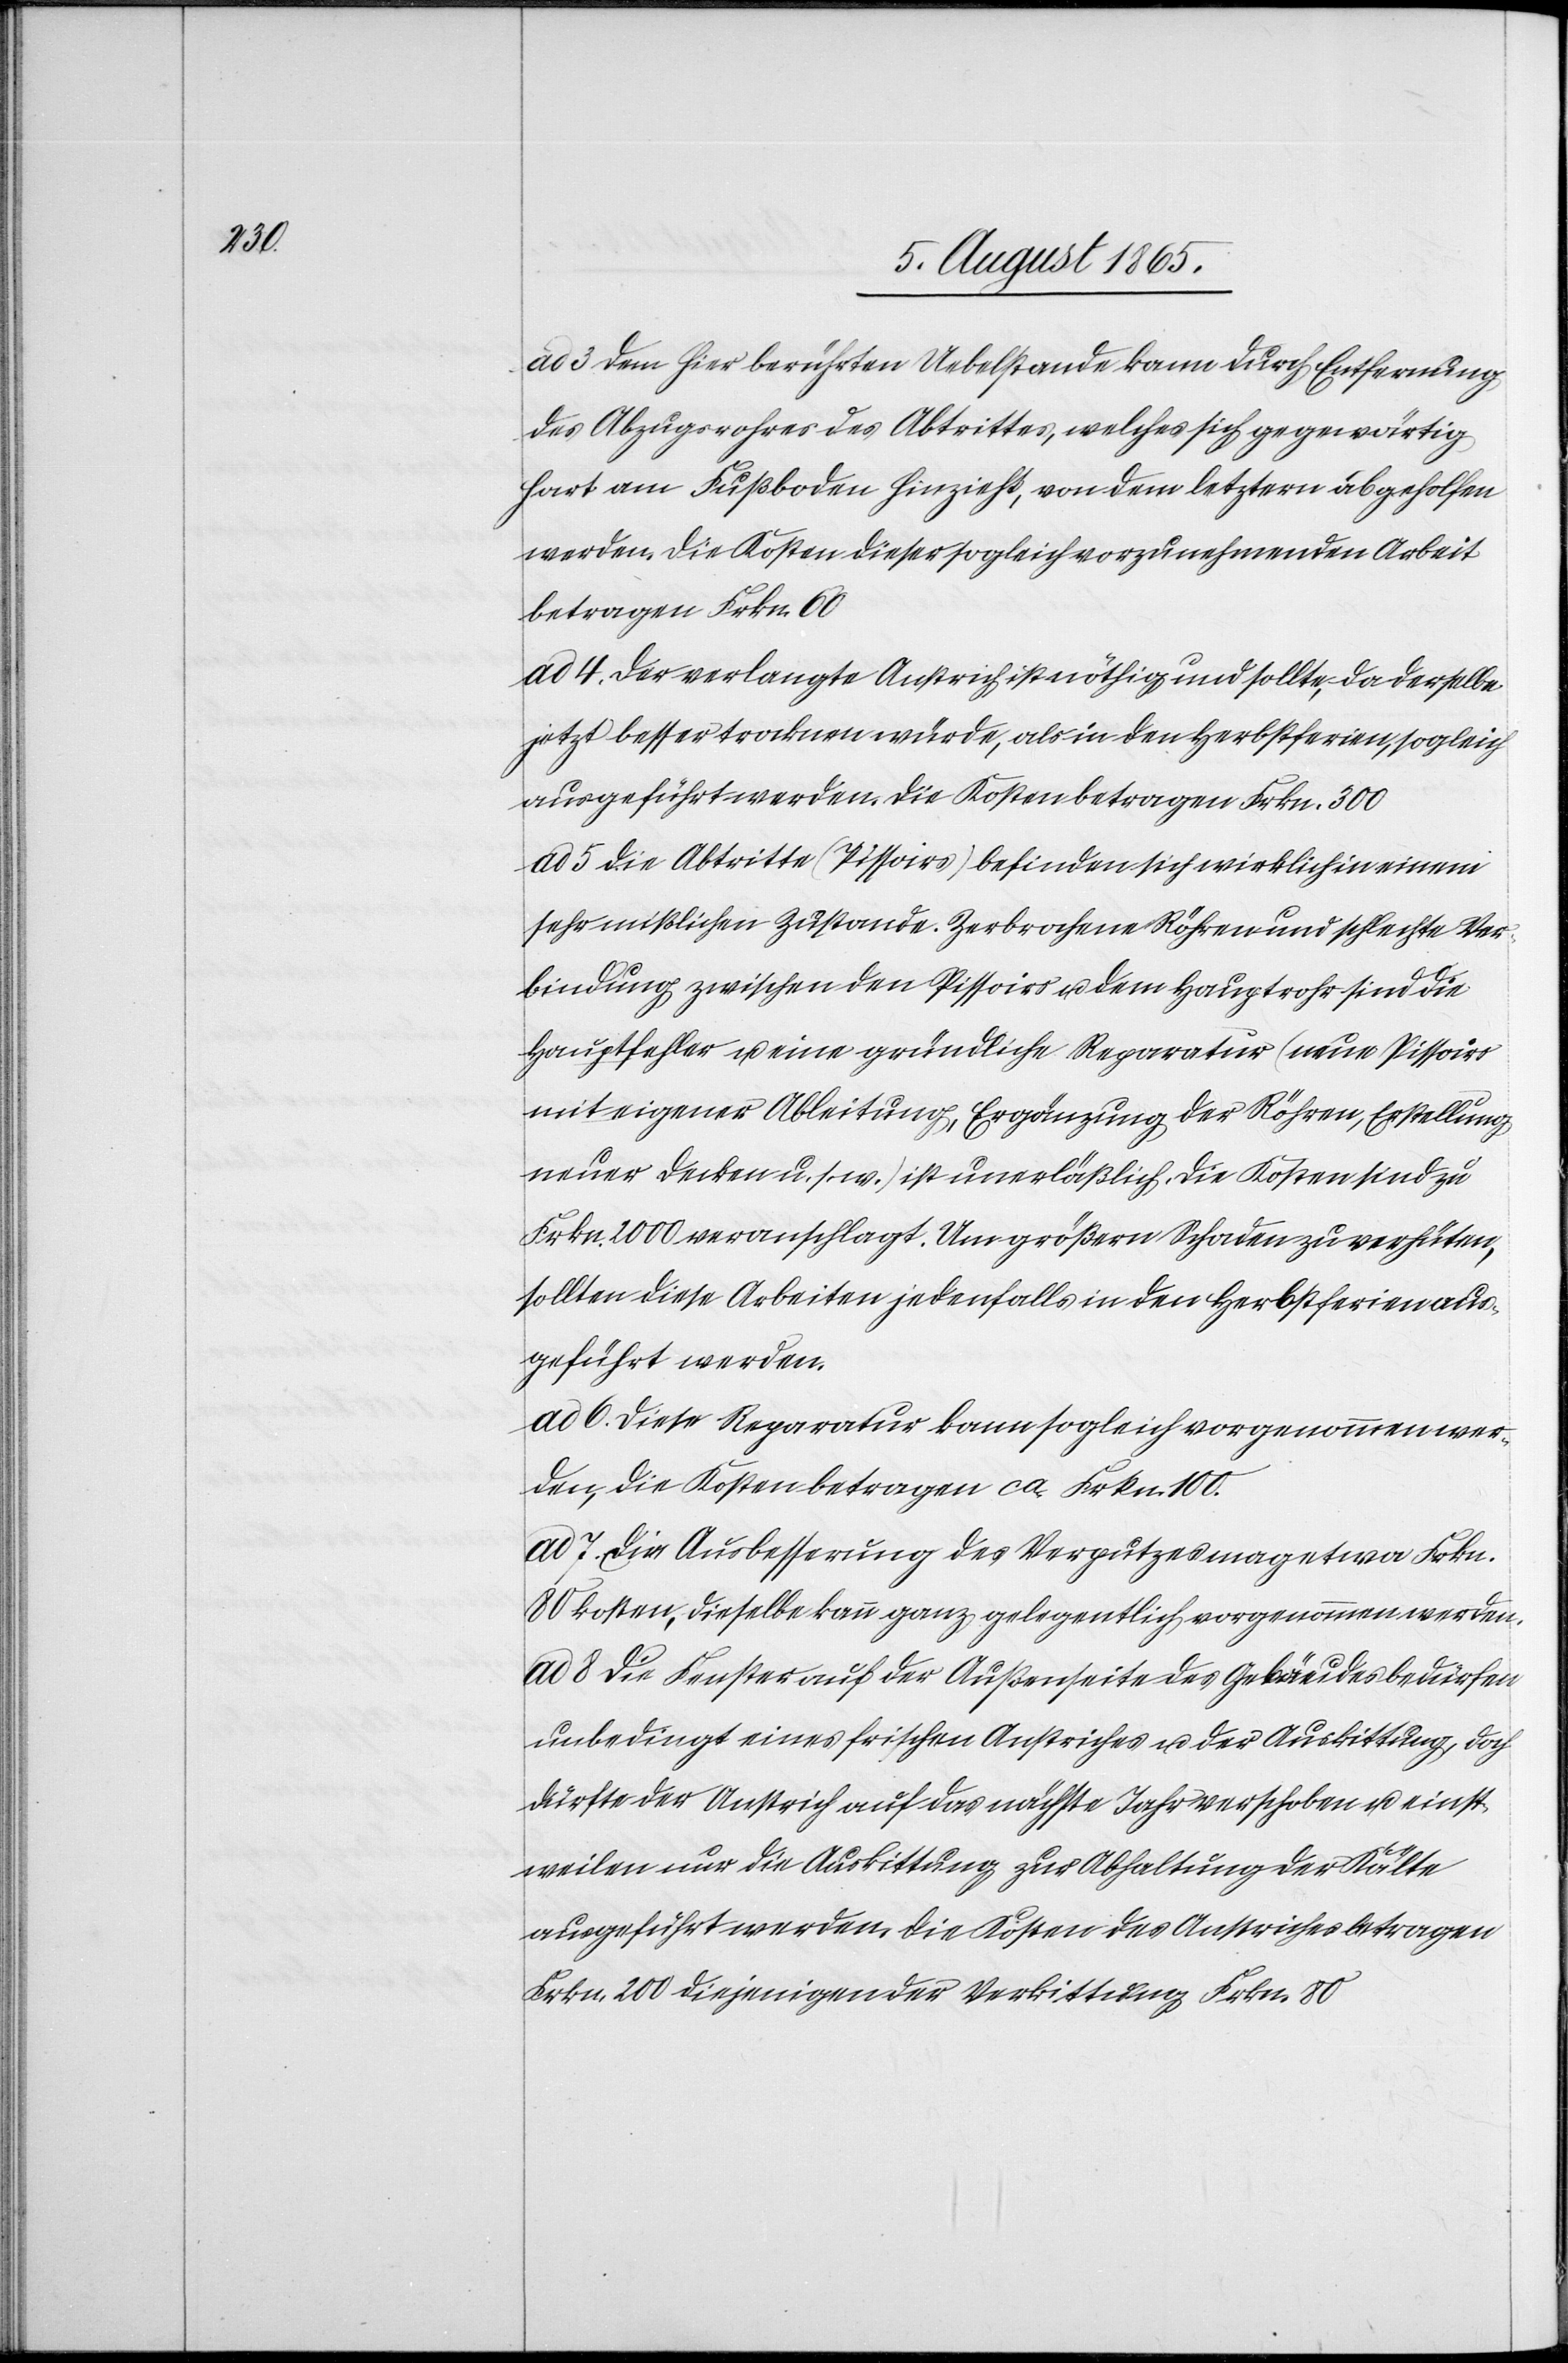
ad 3. Dem hier berührten Uebelstande kann durch Entfernung
des Auszugrohres des Abtrittes, welches sich gegenwärtig
hart am Fußboden hinzieht, von dem [sic!] letztern abgeholfen
werden. Die Kosten dieser sogleich vorzunehmenden Arbeit
betragen Frkn. 60
4. Der verlangte Anstrich ist nöthig und sollte, da derselbe
jetzt besser trocknen würde, als in den Herbstferien, sogleich
ausgeführt werden. Die Kosten betragen Frkn. 300
5. Die Abtritte (Pissoirs) befinden sich wirklich in einem
sehr mißlichen Zustande. Zerbrochene Röhren und schlechte Ver¬
bindung zwischen den Pissoirs u. dem Hauptrohr sind die
Hauptfehler u. eine gründliche Reparatur (neue Pissoirs
mit eigener Ableitung, Ergänzung der Röhre, Erstellung
neuer Decken u. s. w.) ist unerläßlich. Die Kosten sind zu
Frkn. 2000 veranschlagt. Um größern Schaden zu verhüten,
sollten diese Arbeiten jedenfalls in den Herbstferien aus¬
geführt werden.
6. Diese Reparatur kann sogleich vorgenommen wer¬
den, die Kosten betragen ca Frkn. 100.
7. Die Ausbesserung des Verputzes mag etwa Frkn.
80 kosten, dieselbe kann ganz gelegentlich vorgenommen werden.
ad 8. Die Fenster auf der Außenseite des Gebäudes bedürfen
unbedingt eines frischen Anstriches u. der Auskittung, doch
dürfte der Anstrich auf das nächste Jahr verschoben u. einst¬
weilen nur die Auskittung zur Abhaltung der Kälte
ausgeführt werden. Die Kosten des Anstriches betragen
Frkn. 200 diejenigen der Verkittung Frkn. 80.